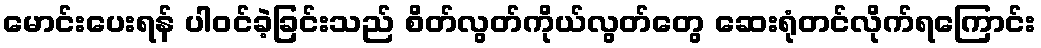
မောင်းပေးရန် ပါဝင်ခဲ့ခြင်းသည် စိတ်လွတ်ကိုယ်လွတ်တွေ ဆေးရုံတင်လိုက်ရကြောင်း